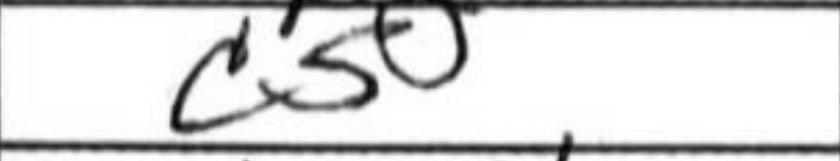
Transcription: c5